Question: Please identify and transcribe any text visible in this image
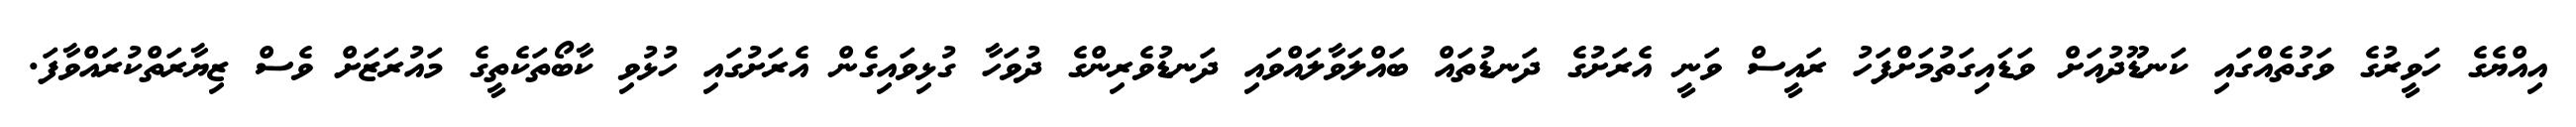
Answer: އިއްޔެގެ ހަވީރުގެ ވަގުތެއްގައި ކަނޑޫދުއަށް ވަޑައިގަތުމަށްފަހު ރައީސް ވަނީ އެރަށުގެ ދަނޑުތައް ބައްލަވާލައްވައި ދަނޑުވެރިންގެ ދުވަހާ ގުޅިވައިގެން އެރަށުގައި ހުޅުވި ކާބޯތަކެތީގެ މައުރަޒަށް ވެސް ޒިޔާރަތްކުރައްވާފަ.